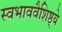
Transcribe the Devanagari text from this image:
स्वभाववैशिष्ठ्ये